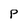
Character: P